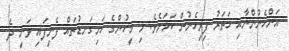
އަންހެނުންނާއި ހަތަރު ފިރިހެނުން ކަމަށެވެ. މި މީހުންގެ ހަށިގަނޑުތައް ފެނިފައި ވަނީ ދެ